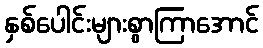
နှစ်ပေါင်းများစွာကြာအောင်